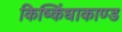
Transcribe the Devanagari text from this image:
किष्किंधाकाण्ड